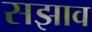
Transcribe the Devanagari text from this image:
सझाव